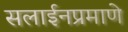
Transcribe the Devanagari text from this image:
सलाईनप्रमाणे